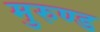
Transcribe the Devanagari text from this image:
मुरुण्ड